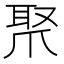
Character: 𤔛